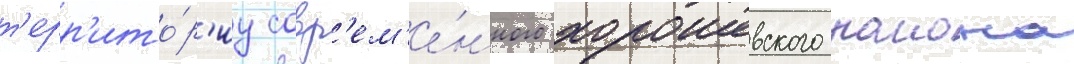
т'ерр'ито́р'иу совр'ем'е́нного хорошевского раиона